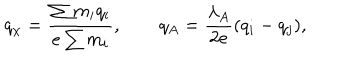
LaTeX: q _ { \chi } = \frac { \sum m _ { i } q _ { i } } { e \sum m _ { i } } , \qquad q _ { A } = \frac { \lambda _ { A } } { 2 e } ( q _ { i } - q _ { j } ) ,